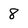
Character: 8